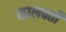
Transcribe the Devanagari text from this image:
कालवर्ती